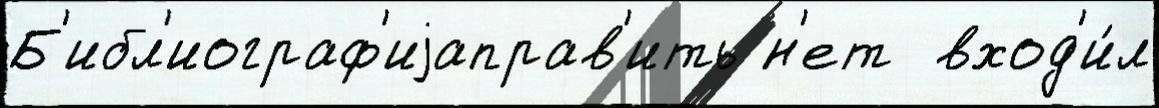
Б'ибл'иограф'иjаправ'ить н'ет  вход'и́л